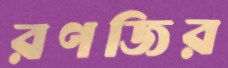
রণজির